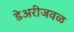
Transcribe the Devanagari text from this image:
डेअरीजवळ